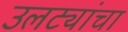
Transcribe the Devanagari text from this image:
उलट्यांचा